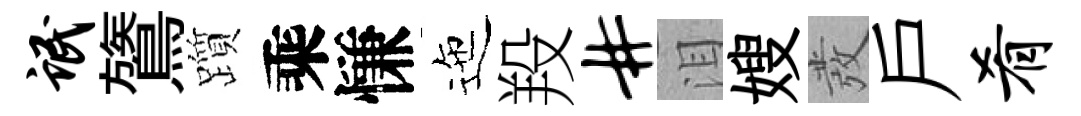
氓鷟躓乘慊迤羖#泪嫂發戸肴